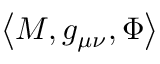
\left< M , g _ { \mu \nu } , \Phi \right>